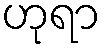
ဟုရာ